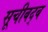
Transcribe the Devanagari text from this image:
सूचीबद्ब